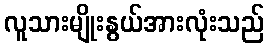
လူသားမျိုးနွယ်အားလုံးသည်